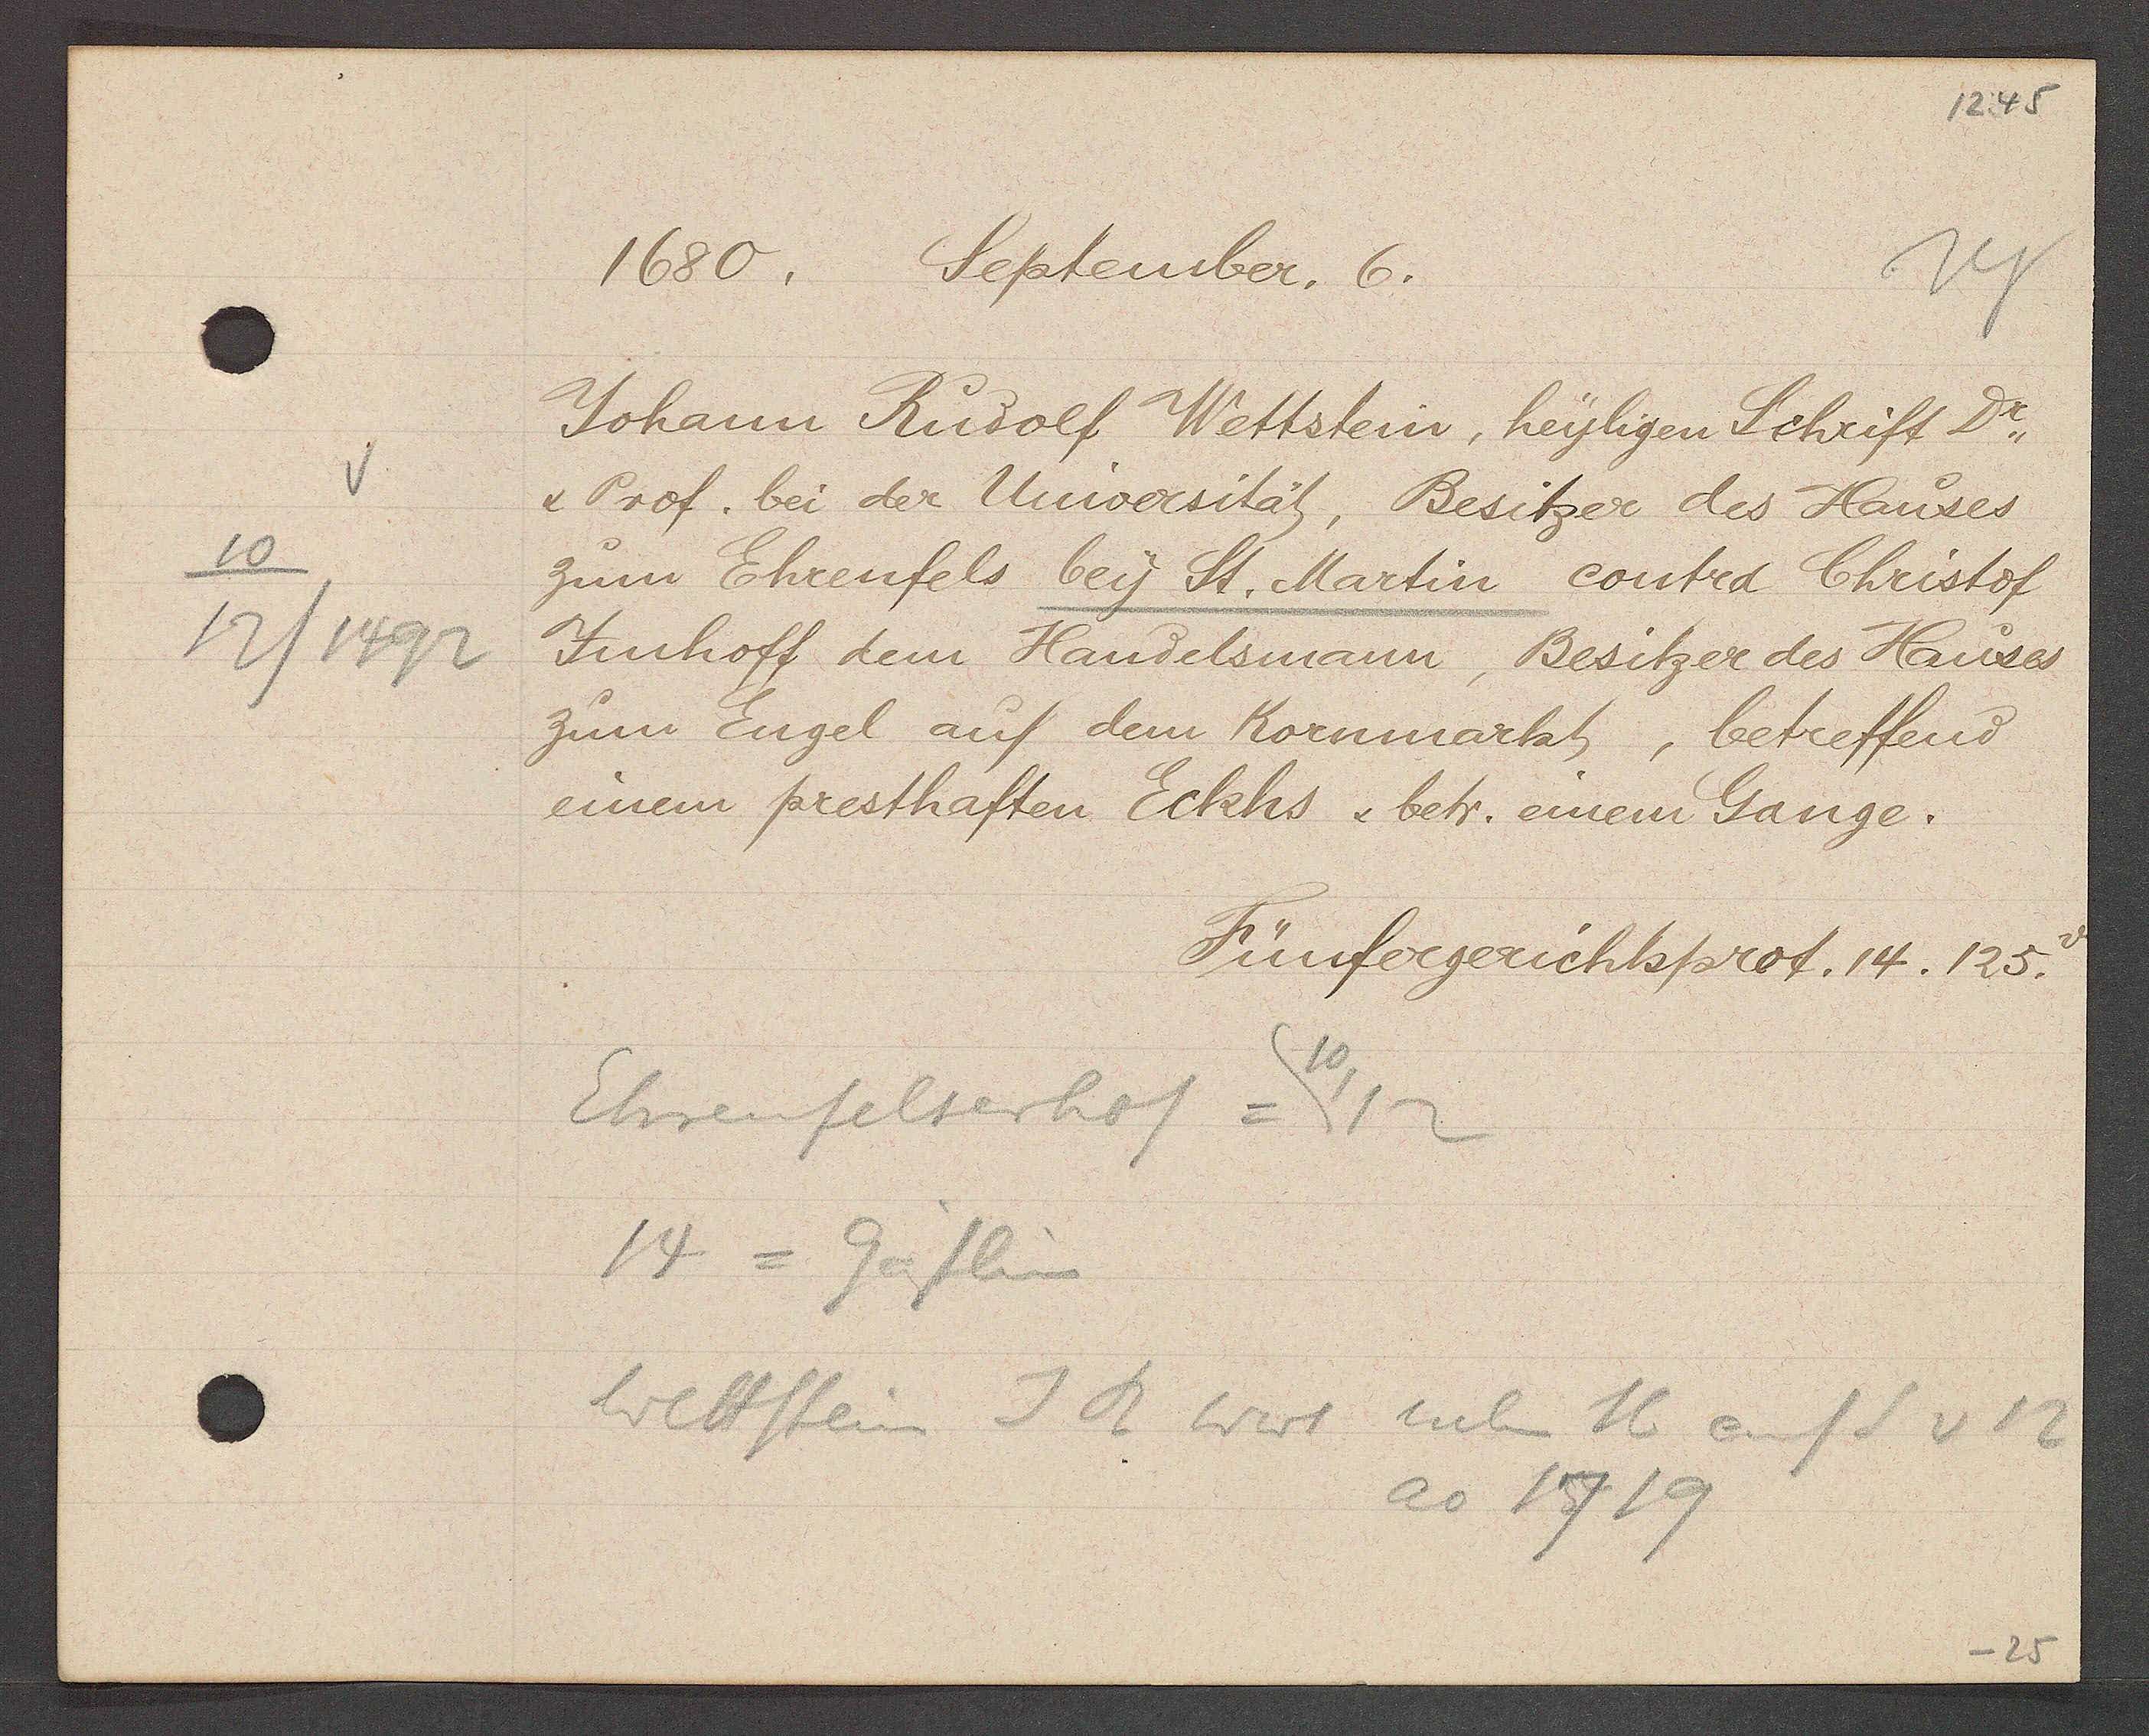
Transcript:
10
12/1492

1680. September. 6.

Johann Rudolf Wettstein, heyligen Schrift Dr.
& Prof. bei der Universität, Besitzer des Hauses
zum Ehrenfels bey St. Martin contra Christof
Jmhoff dem Handelsmann, Besitzer des Hauses
zum Engel auf dem Kornmarkt, betreffend
einem presthaften Eckhs & betr. einem Gange.

Fünfergerichtsprot. 14. 125.

10
Ehrenfelserhof = 12
14 = Gässlin
Wettstein J R Wwe neben 16 auf S v 12
ao 1719